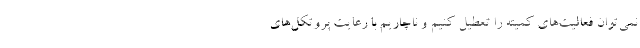
نمی‌توان فعالیت‌های کمیته را تعطیل کنیم و ناچاریم با رعایت پروتکل‌های